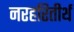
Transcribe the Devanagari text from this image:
नरहरितीर्थ